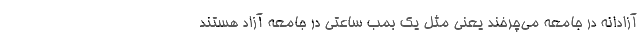
آزادانه در جامعه می‌چرخند یعنی مثل یک بمب ساعتی در جامعه آزاد هستند